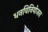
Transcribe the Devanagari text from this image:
धनविनियोजन